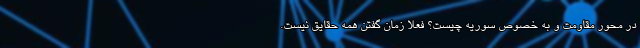
در محور مقاومت و به خصوص سوریه چیست؟ فعلا زمان گفتن همه حقایق نیست.